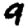
Digit: 9